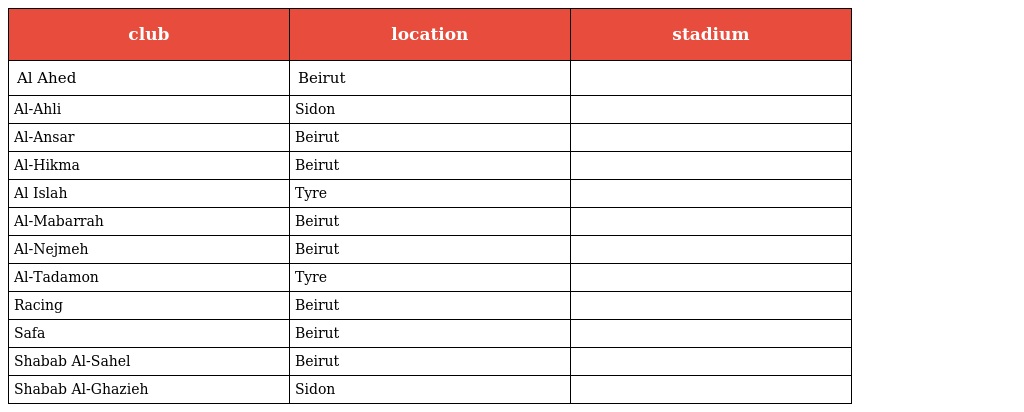
| club | location | stadium |
 | --- | --- | --- |
 | Al Ahed | Beirut |  |
 | Al-Ahli | Sidon |  |
 | Al-Ansar | Beirut |  |
 | Al-Hikma | Beirut |  |
 | Al Islah | Tyre |  |
 | Al-Mabarrah | Beirut |  |
 | Al-Nejmeh | Beirut |  |
 | Al-Tadamon | Tyre |  |
 | Racing | Beirut |  |
 | Safa | Beirut |  |
 | Shabab Al-Sahel | Beirut |  |
 | Shabab Al-Ghazieh | Sidon |  |